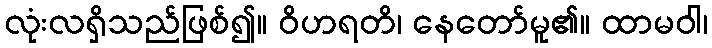
လုံးလရှိသည်ဖြစ်၍။ ဝိဟရတိ၊ နေတော်မူ၏။ ထာမဝါ၊